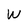
Character: W